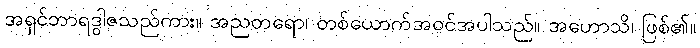
အရှင်ဘာရဒွါဇသည်ကား။ အညတရော၊ တစ်ယောက်အဝင်အပါသည်။ အဟောသိ၊ ဖြစ်၏။